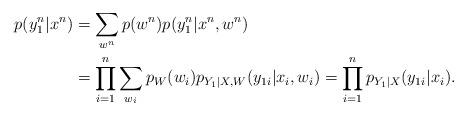
LaTeX: \begin{align*}p(y_1^n|x^n) &= \sum_{w^n} p(w^n) p(y_1^n | x^n, w^n) \\&= \prod_{i=1}^n \sum_{w_i} p_W(w_i)p_{Y_1|X,W}(y_{1i}|x_i,w_i) = \prod_{i=1}^n p_{Y_1|X}(y_{1i}|x_i).\end{align*}